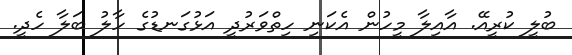
ބުލީ ކުރީއޭ. އާއިލާ މީހުން އެކަނި ހިތްވަރުދީ އަޅުގަނޑުގެ ހާލު ބަލާ ހެދީ.